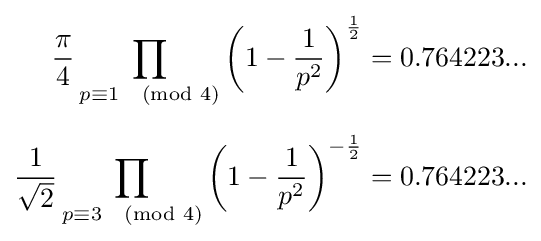
{\begin{aligned}{\frac {\pi }{4}}\prod _{p\equiv 1{\pmod {4}}}\left(1-{\frac {1}{p^{2}}}\right)^{\frac {1}{2}}&=0.764223...\\[6pt]{\frac {1}{\sqrt {2}}}\prod _{p\equiv 3{\pmod {4}}}\left(1-{\frac {1}{p^{2}}}\right)^{-{\frac {1}{2}}}&=0.764223...\end{aligned}}